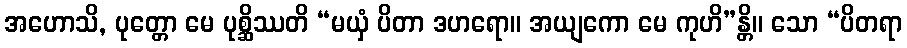
အဟောသိ, ပုတ္တော မေ ပုစ္ဆိဿတိ “မယှံ ပိတာ ဒဟရော။ အယျကော မေ ကုဟိ”န္တိ။ သော “ပိတရာ